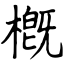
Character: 槪